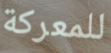
للمعركة